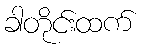
ခါတိုင်းထက်